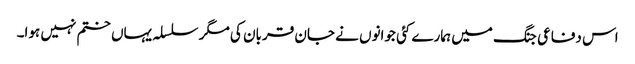
اس دفاعی جنگ میں ہمارے کئی جوانوں نے جان قربان کی مگر سلسلہ یہاں ختم نہیں ہوا۔